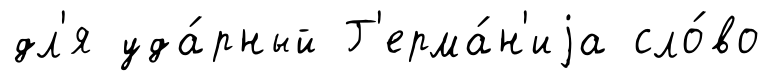
дл'я уда́рный Г'ерма́н'иjа сло́во